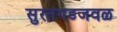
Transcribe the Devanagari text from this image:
सुरतगडजवळ